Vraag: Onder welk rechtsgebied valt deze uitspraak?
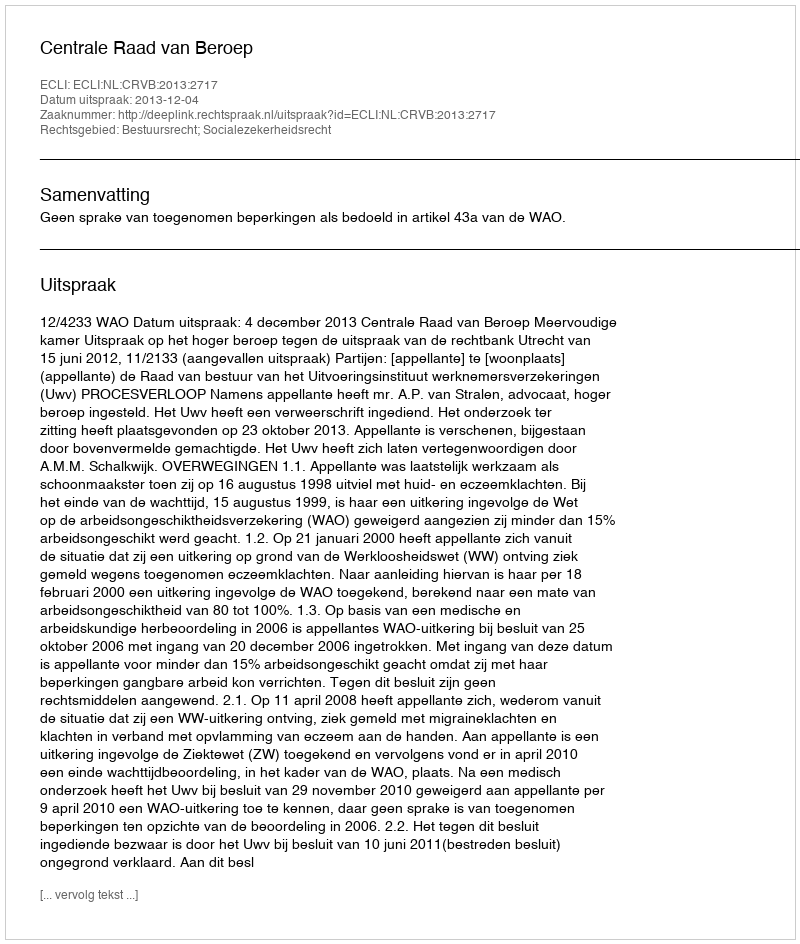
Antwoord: Bestuursrecht; Socialezekerheidsrecht